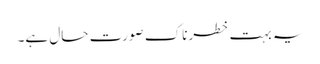
یہ بہت خطرناک صورت حال ہے۔